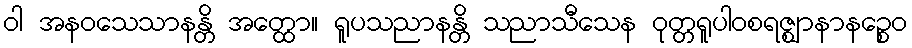
ဝါ အနဝသေသာနန္တိ အတ္ထော။ ရူပသညာနန္တိ သညာသီသေန ဝုတ္တရူပါဝစရဇ္ဈာနာနဉ္စေဝ